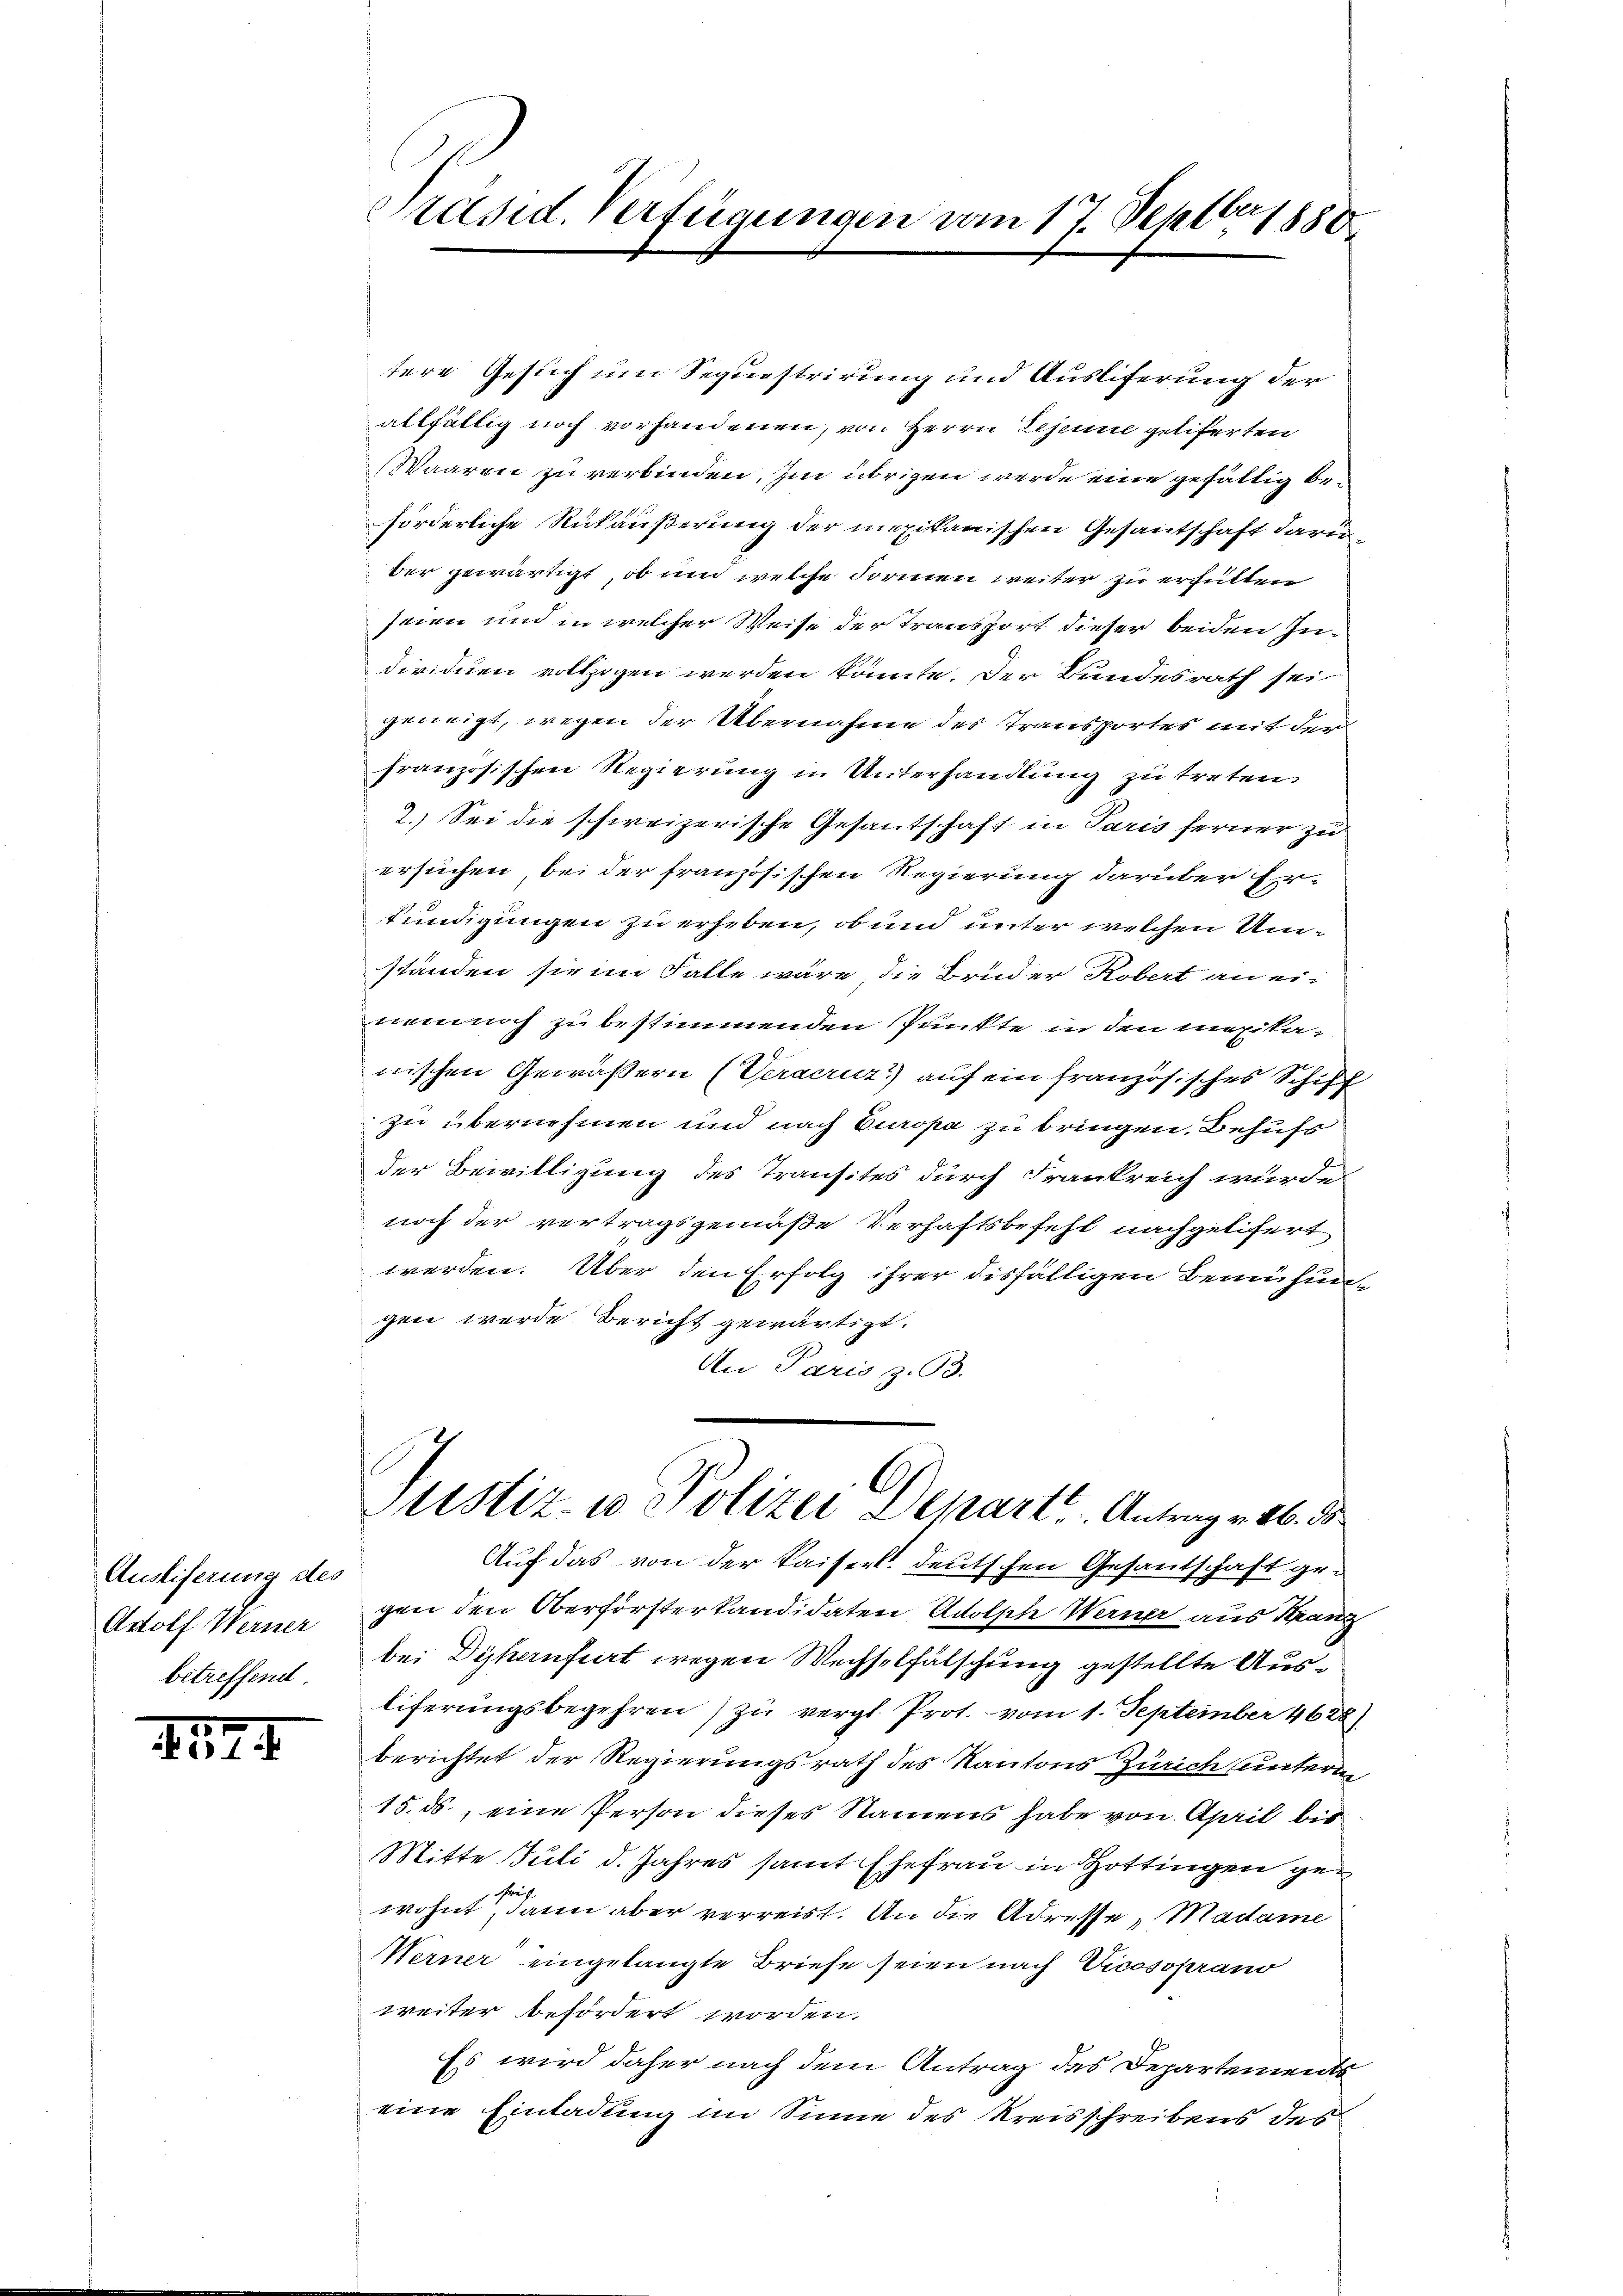
Auslieferung des
Adolf Werner
betreffend

5
1

Präsid. Verfügungen vom 17. Septbr 1888

tere Gesuch um Sequestrirung und Ausliferung der
allfältig noch vorhandenen, von Herrn Gesinne geliferten
Waaren zu verbinden. Im übrigen werde eine gefältig beförderliche Rükäußerung der mexikanischen Gesantschaft daru
ber gewärtigt, ob und welche Formen weiter zu erhütten
seien und in welcher Weise der Transport dieser beiden Zudividuen vollzogen werden könnte. Der Bundesrath sei
geneigt, wegen der Übernahme des Transportes mit der
französischen Regierung in Unterhandlung zu treten.
2.) Sei die schweizerische Gesantschaft in Paris ferner zu
ersuchen, bei der französischen Regierung darüber Erfündigungen zu erheben, ob und unter welchen Umständen sie im Falle wäre die Bruder Robert an einemnoch zu bestimmenden Punkte in den mexikanischen Gewässern (Veracruz) auf ein französisches Schiff
zu übernehmen und nach Europa zu bringen. Behufs
der Bewilligung des Transites durch Frankreich wurde
noch der vertragsgemäße Verhaftsbefehl nachgelifert
werden. Über den Erfolg ihrer disfälligen Bemühungen werde Bericht gewärtigt.
An Paris z. 93.
Justiz & Polizei Depart. Antrag v. 16. d
Auf das von der Kaiser deutschen Gesantschaft gegen den Oberförsterkandidaten Adolph Werner aus Kranz
bei Dykenfiirt wegen Wechselfälschung gestellte Ausliferungsbegehren) zu vergl. Prot. vom 1. September 4628
berichtet der Regierungsrath des Kantons Zürich unterm
15. ds., eine Person dieses Namens habe von April bis
Mitte Juli d. Jahres samt Ehefrau in Hottingen gewohnt, dann aber verreist. An die Adresse, Madame
Merner eingelangte Briefe seien nach Vicosoprano
weiter befördert worden.
Es wird daher nach dem Antrag des Departementseine Einladung im Sinne des Kreisschreibens des